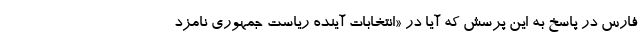
فارس در پاسخ به این پرسش که آیا در «انتخابات آینده ریاست جمهوری نامزد